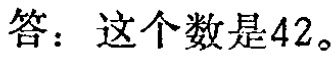
答：这个数是\(42\)。